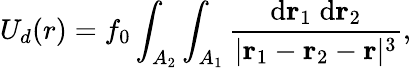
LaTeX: U_{d}(r)=f_{0}\int_{A_{2}}\int_{A_{1}}\frac{\mathrm{d}{\mathbf r}_{1}\; \mathrm{d}{\mathbf r}_{2}}{|{\mathbf r}_{1}-{\mathbf r}_{2}-{\mathbf r}|^{3}},